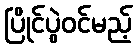
ပြိုင်ပွဲဝင်မည့်